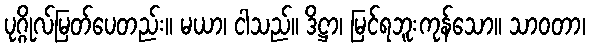
ပုဂ္ဂိုလ်မြတ်ပေတည်း။ မယာ၊ ငါသည်။ ဒိဋ္ဌာ၊ မြင်ရဘူးကုန်သော။ သာဝတာ၊